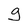
Character: g